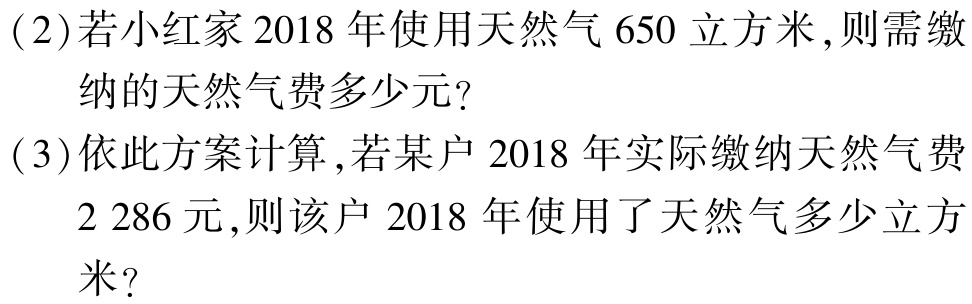
(2)若小红家2018年使用天然气650立方米,则需缴

   纳的天然气费多少元?

(3)依此方案计算,若某户2018年实际缴纳天然气费

   2 286元,则该户2018年使用了天然气多少立

   方米?